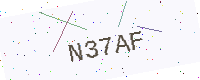
Text: N37AF